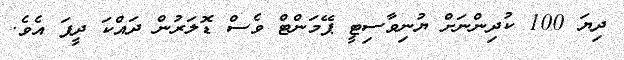
ދިޔަ 100 ކުދިންނަށް ޔުނިވާސިޓީ ޕޭމަންޓް ވެސް ޑޮލަރުން ދައްކަ ދީފަ އެވެ.